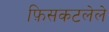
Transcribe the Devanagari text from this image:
फ़िसकटलेले